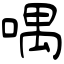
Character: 喁